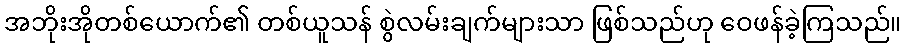
အဘိုးအိုတစ်ယောက်၏ တစ်ယူသန် စွဲလမ်းချက်များသာ ဖြစ်သည်ဟု ဝေဖန်ခဲ့ကြသည်။